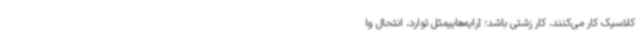
کلاسیک کار می‌کنند، کار زشتی باشد؛ آرایه‌هاییمثل توارد، انتحال وا